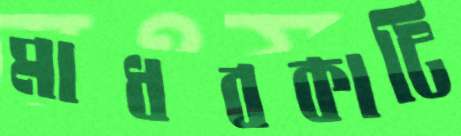
মাধবকাটি